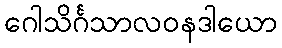
ဂေါသိင်္ဂသာလဝနဒါယော